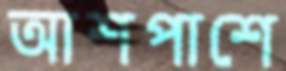
আশপাশে